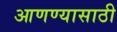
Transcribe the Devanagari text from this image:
आणण्‍यासाठी